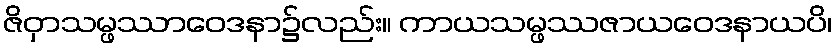
ဇိဝှာသမ္ဖဿာဝေဒနာ၌လည်း။ ကာယသမ္ဖဿဇာယဝေဒနာယပိ၊